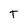
Character: T